Senior Leaving Certificate Examination (including Day School Certificate (Higher) General paper), 1950
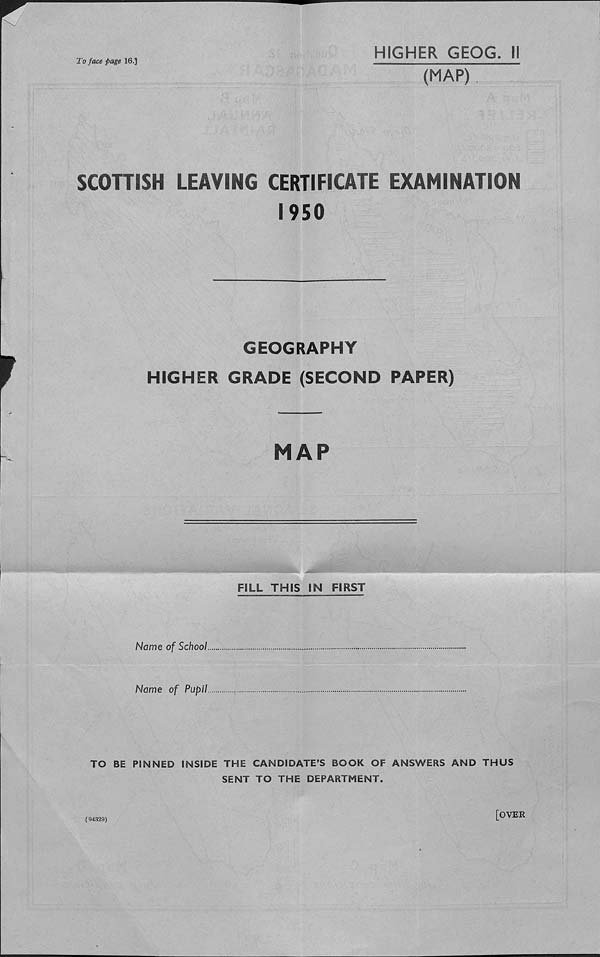
To face page 16.]
HIGHER GEOG. II
(MAP)
SCOHISH LEAVING CERTIFICATE EXAMINATION
1950
GEOGRAPHY
HIGHER GRADE (SECOND PAPER)
MAP
FILL THIS IN FIRST
Name of School.
Name of Pupil.
TO BE PINNED INSIDE THE CANDIDATE’S BOOK OF ANSWERS AND THUS
SENT TO THE DEPARTMENT.
(94329)
[OVER